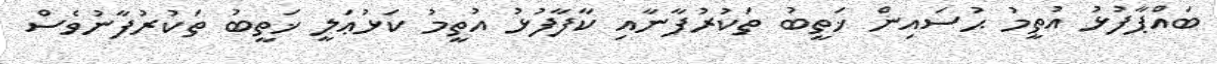
ބައްޕާފުޅު އުތީމު ޙުސައިން ޚަތީބު ތަކުރުފާނާއި ކާފާފުޅު އުތީމު ކަޅުޢަލީ ޚަތީބު ތަކުރުފާނުވެސް